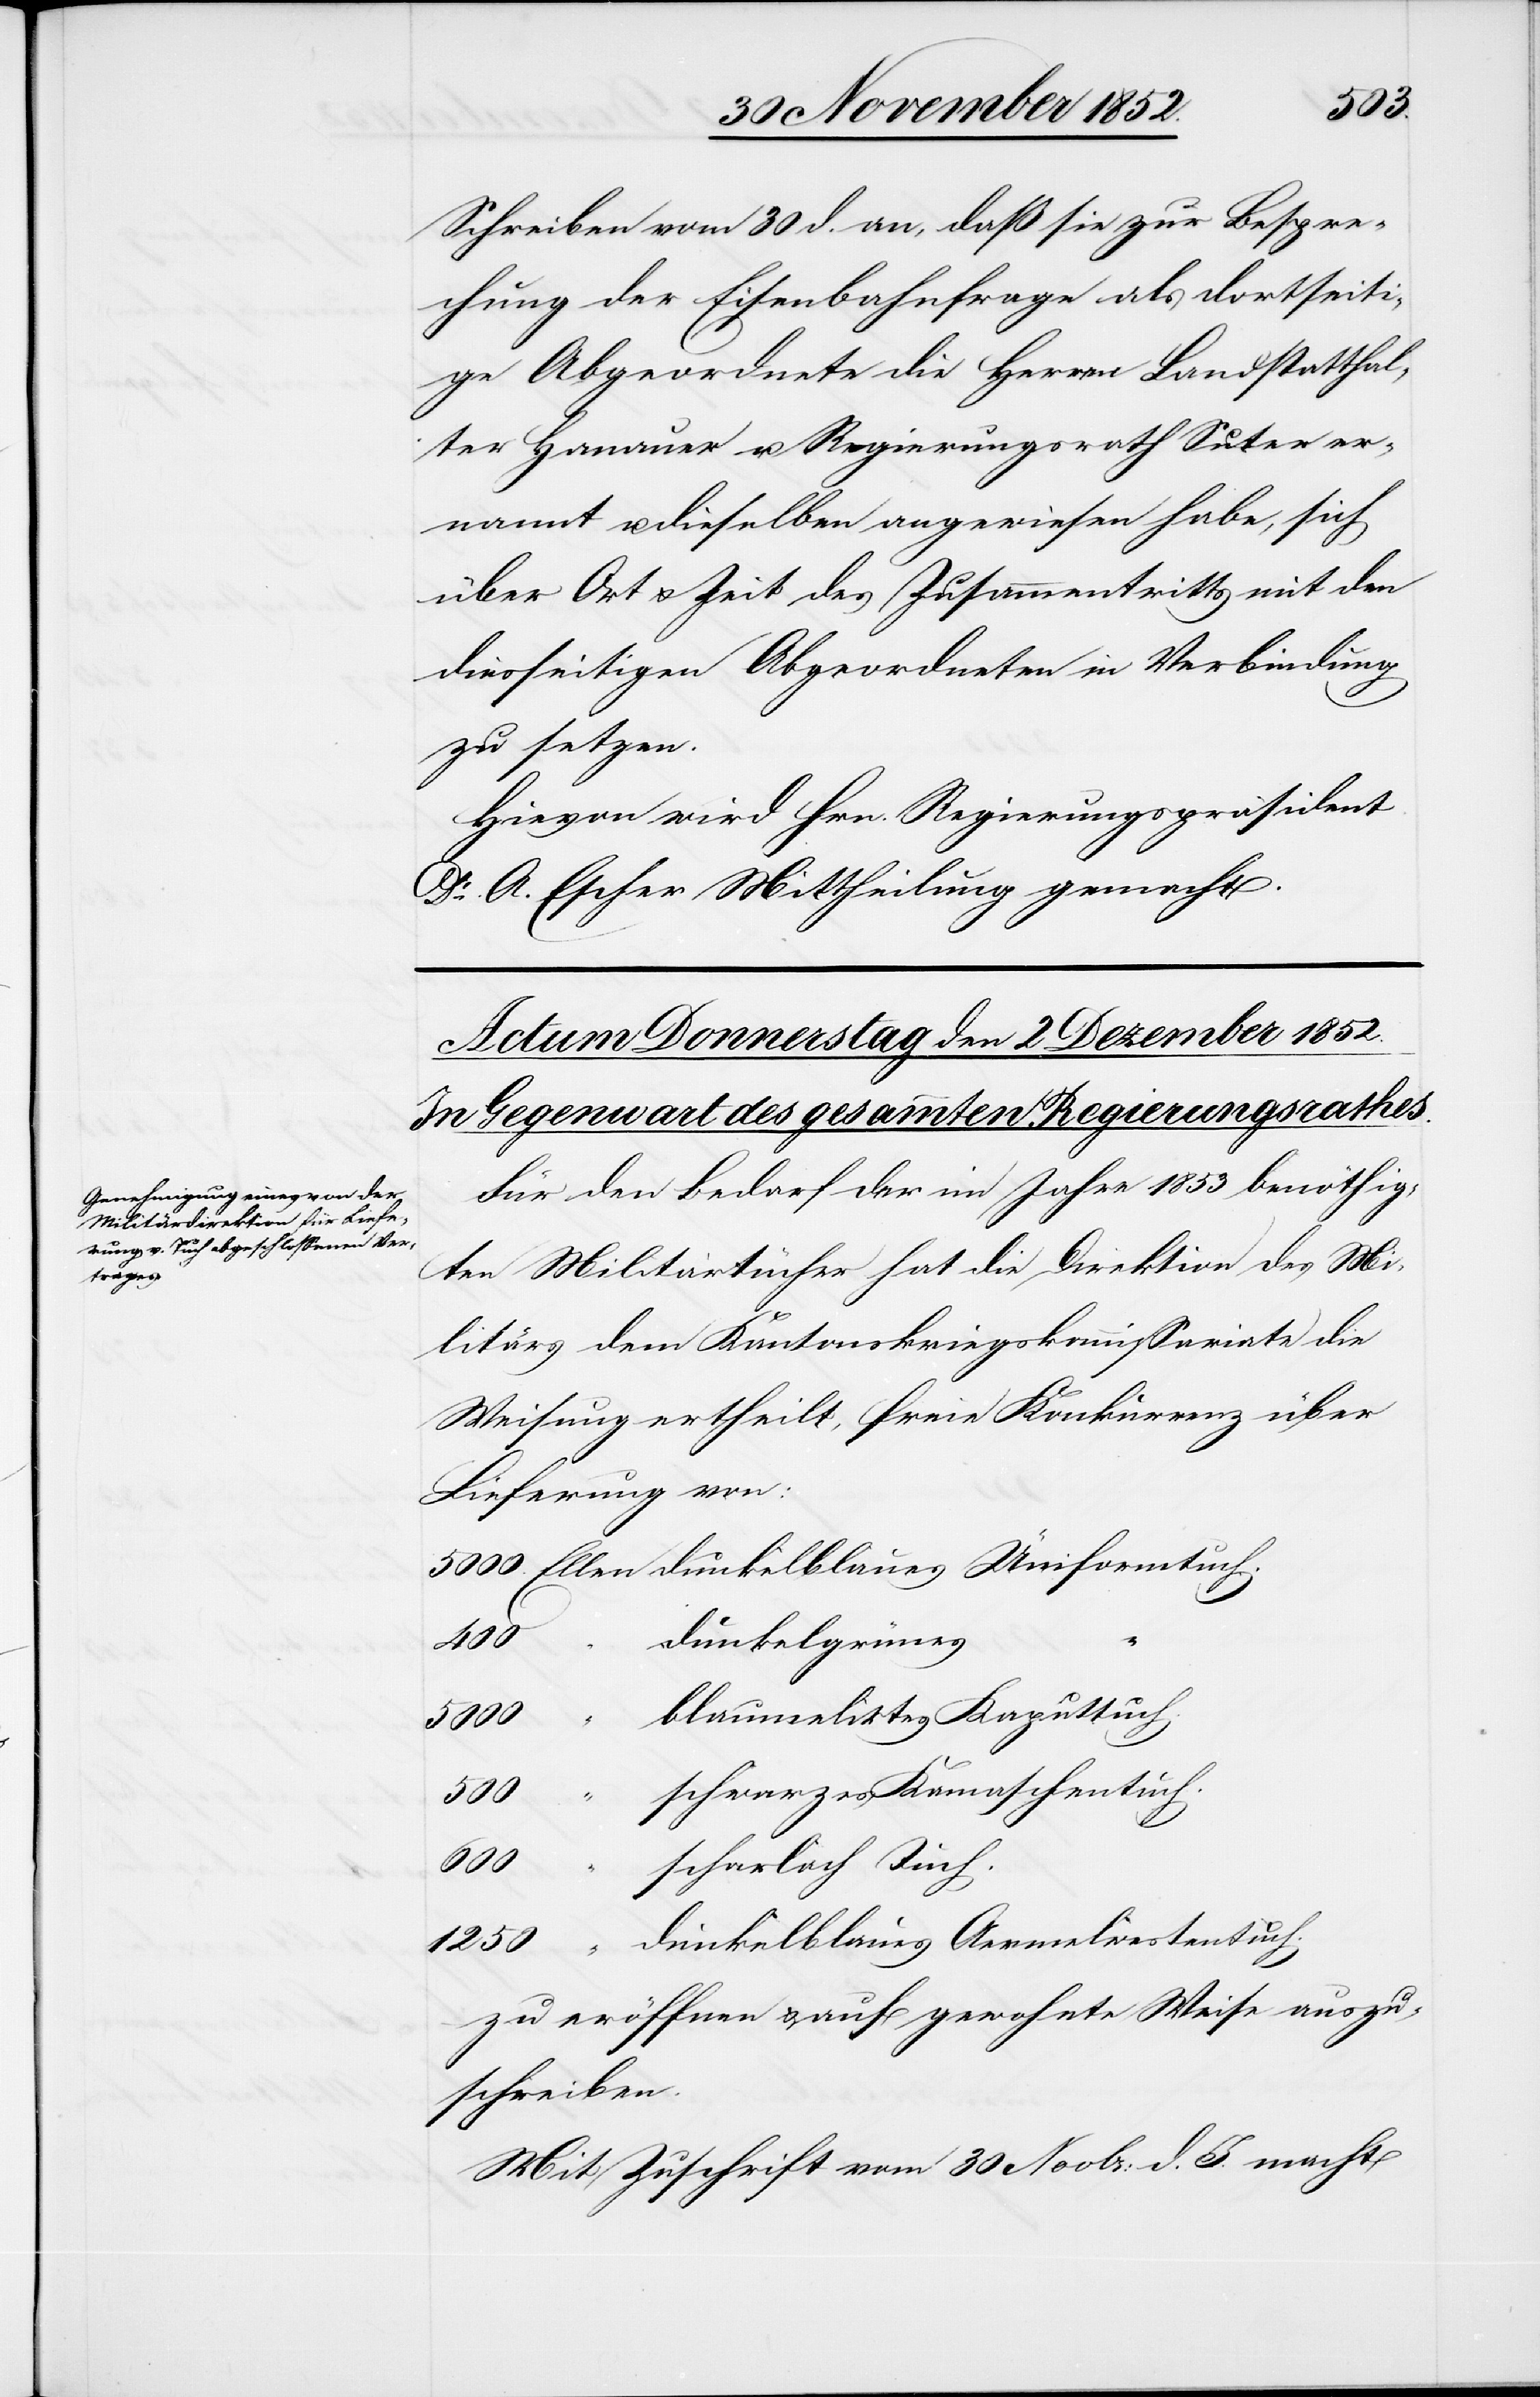
Schreiben vom 30 d. an, daß sie zur Bespre¬
chung der Eisenbahnfrage als dortseiti¬
ge Abgeordnete die Herren Landstatthal¬
ter Hanauer u. Regierungsrath Suter er¬
nannt u. dieselben angewiesen habe, sich
über Ort & Zeit des Zusammentritts mit den
diesseitigen Abgeordneten in Verbindung
zu setzen.
Hievon wird Hrn. Regierungspräsident
Dr. A. Escher Mittheilung gemacht.
Für den Bedarf der im Jahre 1853 benöthig¬
ten Militärtücher hat die Direktion des Mi¬
litärs dem Kantonskriegskommissariate die
Weisung ertheilt, freie Konkurrenz über
Lieferung von:
dunkelgrünes
1250
blaumelirtes Kaputtuch.
500
schwarzes Kamaschentuch.
600
scharlach Tuch.
dunkelblaues Aermelwestentuch.
zu eröffnen & auf gewohnte Weise auszu¬
schreiben.
Mit Zuschrift vom 30 Novbr: d. J. macht